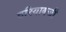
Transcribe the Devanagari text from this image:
दरियाबजी